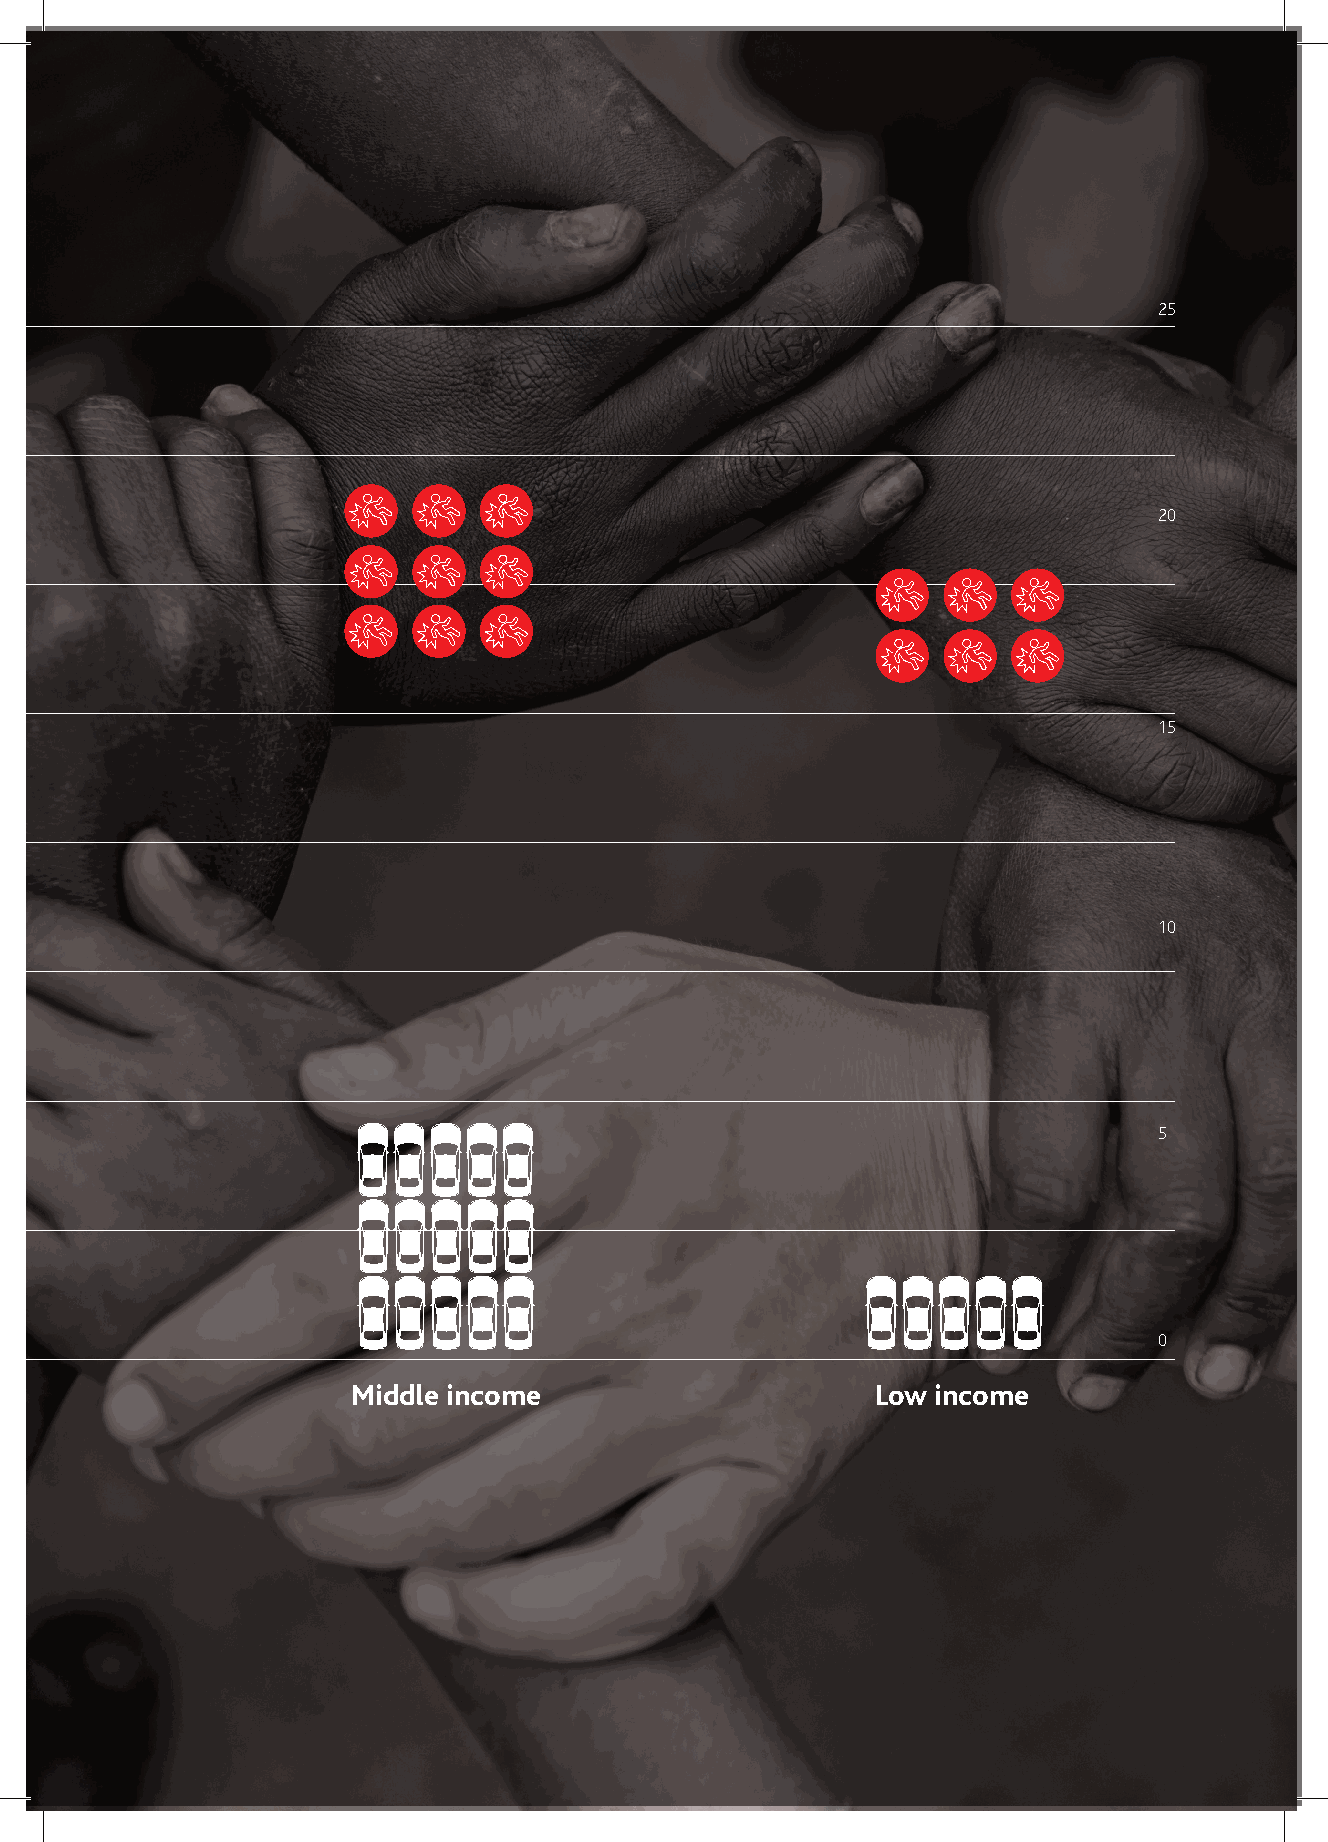
80.000                                                                       25
 70.000
 20
 60.000
 50.000
 15
 40.000
 10
 30.000
 20.000
 5
 10.000
 0                                                                            0
 High income            Middle income                      Low income
 Deaths per 100,000 persons
 Vehicles per 100,000 persons